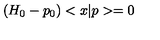
\left( H _ { 0 } - p _ { 0 } \right) < x | p > = 0